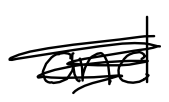
Text: and
Cross-out: scratch
Writing tool: digital_black